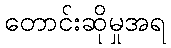
တောင်းဆိုမှုအရ